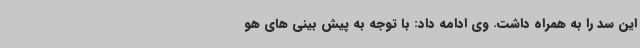
این سد را به همراه داشت. وی ادامه داد: با توجه به پیش بینی های هو